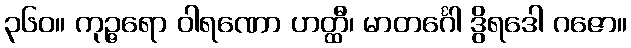
၃၆၀။ ကုဉ္ဇရော ဝါရဏော ဟတ္ထီ၊ မာတင်္ဂေါ ဒွိရဒေါ ဂဇော။